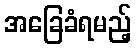
အခြေခံရမည့်